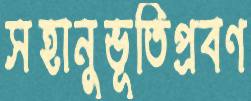
সহানুভূতিপ্রবণ